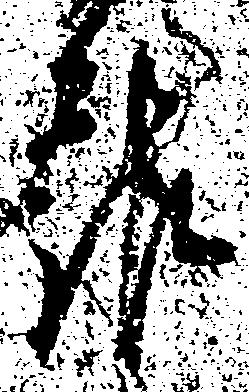
報